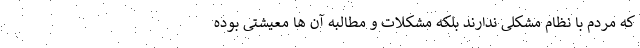
که مردم با نظام مشکلی ندارند بلکه مشکلات و مطالبه آن ها معیشتی بوده